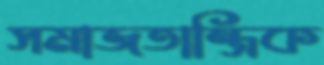
সমাজতান্ত্রিক